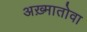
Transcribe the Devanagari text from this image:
अख़्मातोवा